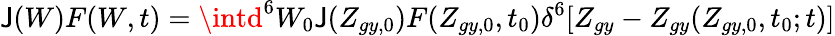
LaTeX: {\cal\mathsf{J}}(W)F(W,t)=\intd^{6}W_{0}{\cal\mathsf{J}}(Z_{gy,0})F(Z_{gy,0},t_{0})\delta^{6}[Z_{gy}-Z_{gy}(Z_{gy,0},t_{0};t)]